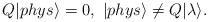
LaTeX: \begin{align*}Q|phys\rangle =0,~|phys\rangle \ne Q|\lambda\rangle.\end{align*}